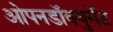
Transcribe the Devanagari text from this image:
ओपनडॉक्युमेंट